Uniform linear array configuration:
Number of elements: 12
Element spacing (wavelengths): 1
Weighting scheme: blackman
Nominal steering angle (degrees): -60
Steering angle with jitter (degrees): -60.528
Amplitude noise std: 0.05
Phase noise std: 0.05

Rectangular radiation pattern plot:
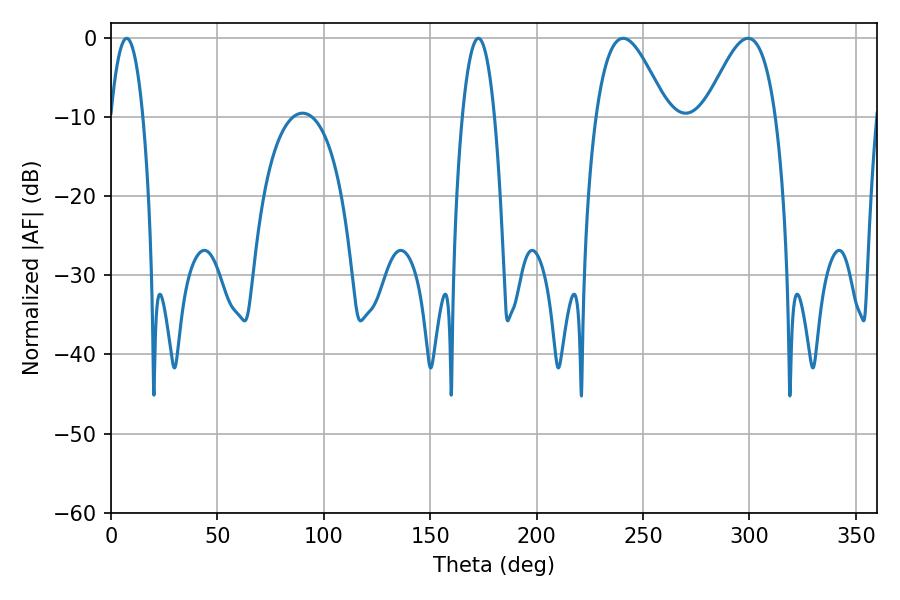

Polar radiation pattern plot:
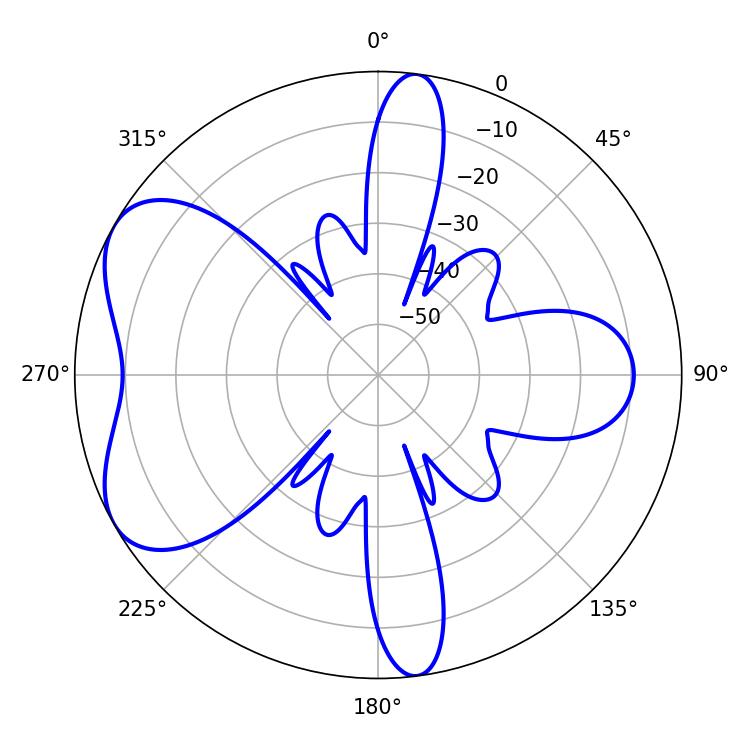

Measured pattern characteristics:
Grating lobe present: TRUE
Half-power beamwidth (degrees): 17.82
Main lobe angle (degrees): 240.66